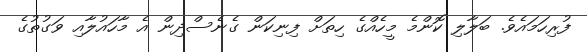
ފުރިހަމައެވެ. ބަލާލި ކޮންމެ މީހެއްގެ ހިތަށް ފިނިކަން ގެނެސްދިން އެ މާހައުލާއި ވަގުތުގެ